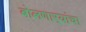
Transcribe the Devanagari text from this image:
बोलणार्‍यांचा